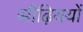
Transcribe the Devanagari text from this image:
सीढ़िययों